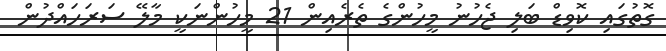
ގޮތުގައި ކޮވިޑް ބަލި ޖެހުނު މީހުންގެ ތެރެއިން 21 މީހުންނަކީ މާލޭ ސަރަހައްދުން